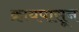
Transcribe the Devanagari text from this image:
क्रायपासून